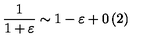
\frac { 1 } { 1 + \varepsilon } \sim 1 - \varepsilon + 0 \left( 2 \right)